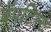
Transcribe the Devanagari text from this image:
बॅपटिस्ट